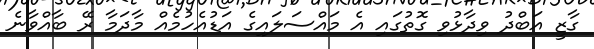
ގާޒީ އަބްދު ވިދާޅުވި ގޮތުގައި އެ މައްސަލައިގެ އަޑުއެހުމެއް މާދަމާ ރޭ ބާއްވާނެ